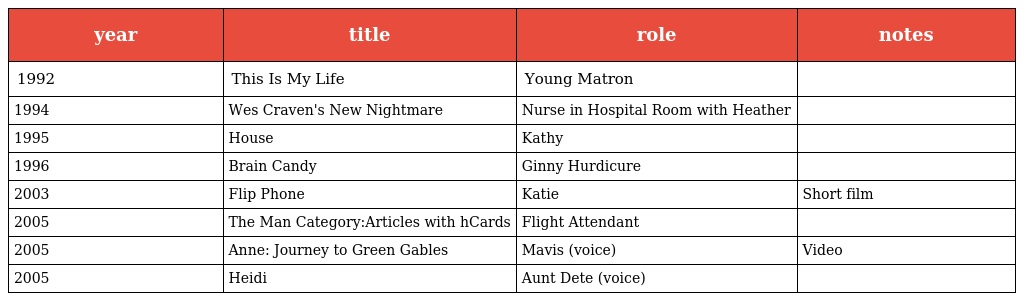
| year | title | role | notes |
 | --- | --- | --- | --- |
 | 1992 | This Is My Life | Young Matron |  |
 | 1994 | Wes Craven's New Nightmare | Nurse in Hospital Room with Heather |  |
 | 1995 | House | Kathy |  |
 | 1996 | Brain Candy | Ginny Hurdicure |  |
 | 2003 | Flip Phone | Katie | Short film |
 | 2005 | The Man Category:Articles with hCards | Flight Attendant |  |
 | 2005 | Anne: Journey to Green Gables | Mavis (voice) | Video |
 | 2005 | Heidi | Aunt Dete (voice) |  |